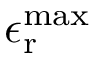
\epsilon _ { \mathrm { r } } ^ { \mathrm { m a x } }